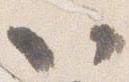
以